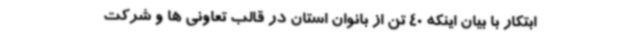
ابتکار با بیان اینکه 40 تن از بانوان استان در قالب تعاونی ها و شرکت